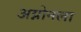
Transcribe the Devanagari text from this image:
अग्नोनला